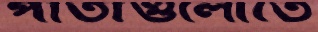
পাতাগুলোতে